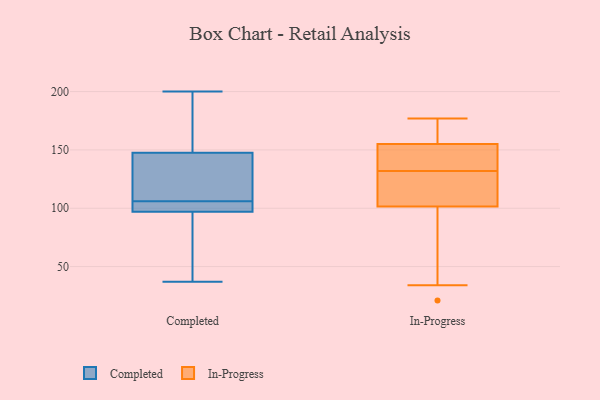
{"axis": {"x": "Inventory Turnover", "y": "Value"}, "legend": ["Completed", "In-Progress"], "data": [{"x": "", "y": 89, "type": "Completed"}, {"x": "", "y": 37, "type": "Completed"}, {"x": "", "y": 200, "type": "Completed"}, {"x": "", "y": 105, "type": "Completed"}, {"x": "", "y": 157, "type": "Completed"}, {"x": "", "y": 46, "type": "Completed"}, {"x": "", "y": 128, "type": "Completed"}, {"x": "", "y": 106, "type": "Completed"}, {"x": "", "y": 105, "type": "Completed"}, {"x": "", "y": 106, "type": "Completed"}, {"x": "", "y": 138, "type": "Completed"}, {"x": "", "y": 166, "type": "Completed"}, {"x": "", "y": 129, "type": "In-Progress"}, {"x": "", "y": 21, "type": "In-Progress"}, {"x": "", "y": 132, "type": "In-Progress"}, {"x": "", "y": 67, "type": "In-Progress"}, {"x": "", "y": 157, "type": "In-Progress"}, {"x": "", "y": 148, "type": "In-Progress"}, {"x": "", "y": 164, "type": "In-Progress"}, {"x": "", "y": 34, "type": "In-Progress"}, {"x": "", "y": 97, "type": "In-Progress"}, {"x": "", "y": 149, "type": "In-Progress"}, {"x": "", "y": 172, "type": "In-Progress"}, {"x": "", "y": 121, "type": "In-Progress"}, {"x": "", "y": 177, "type": "In-Progress"}, {"x": "", "y": 138, "type": "In-Progress"}, {"x": "", "y": 115, "type": "In-Progress"}]}